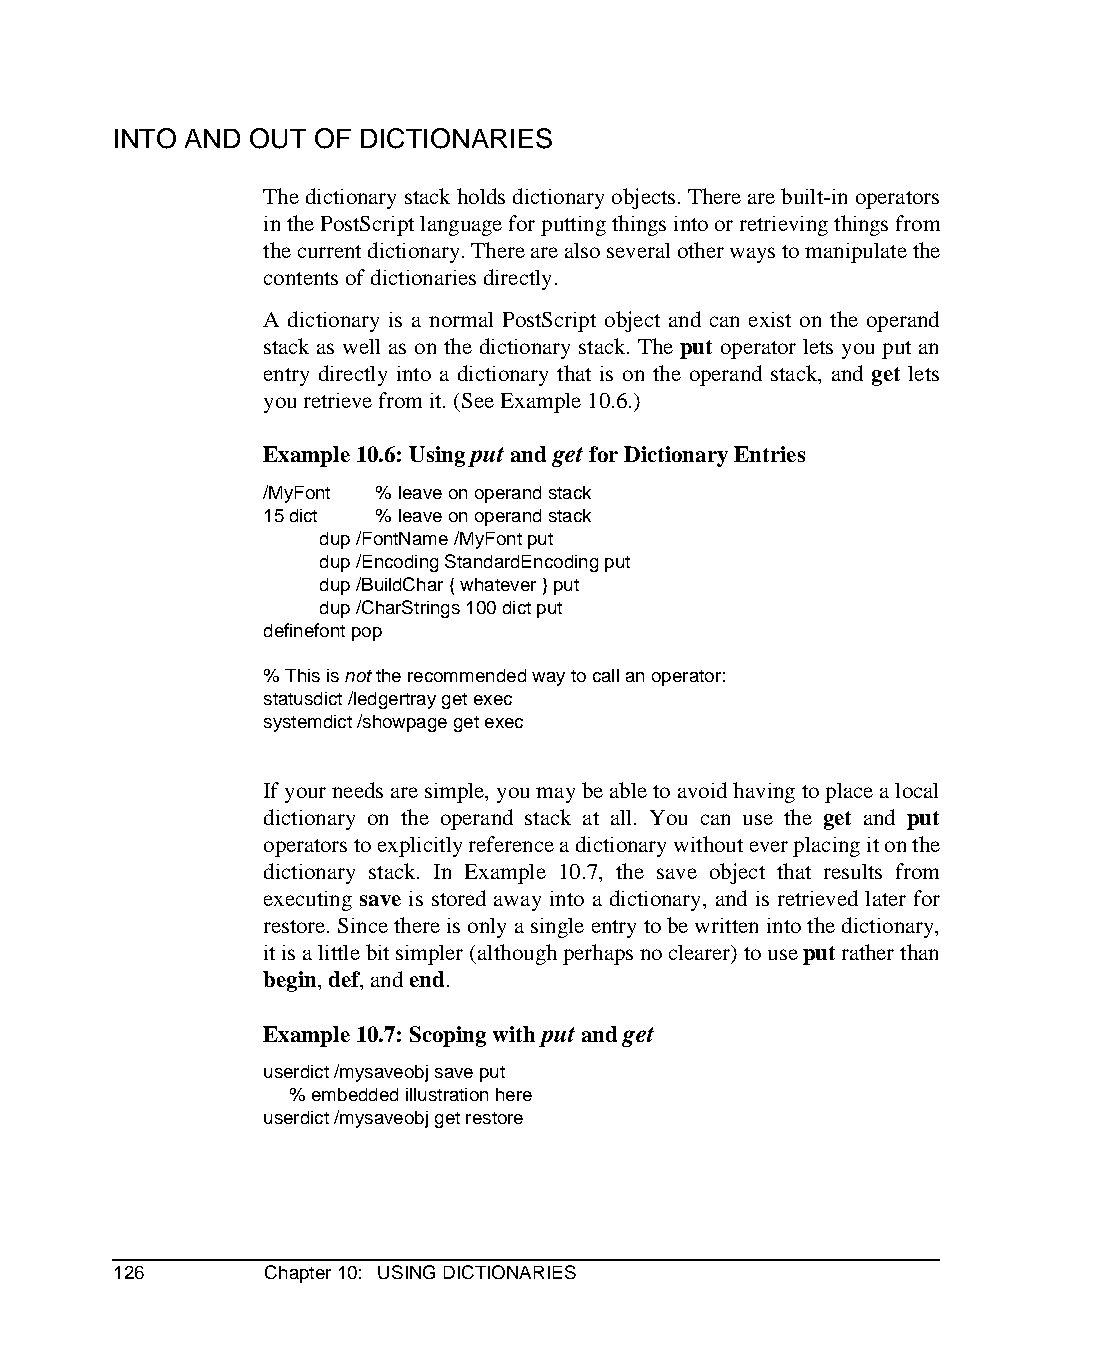
INTO AND OUT OF DICTIONARIES
 The dictionary stack holds dictionary objects. There are built-in operators
 in the PostScript language for putting things into or retrieving things from
 the current dictionary. There are also several other ways to manipulate the
 contents of dictionaries directly.
 A dictionary is a normal PostScript object and can exist on the operand
 stack as well as on the dictionary stack. The put operator lets you put an
 entry directly into a dictionary that is on the operand stack, and get lets
 you retrieve from it. (See Example 10.6.)
 Example 10.6: Using put and get for Dictionary Entries
 /MyFont % leave on operand stack
 15 dict % leave on operand stack
 dup /FontName /MyFont put
 dup /Encoding StandardEncoding put
 dup /BuildChar { whatever } put
 dup /CharStrings 100 dict put
 definefont pop
 % This is not the recommended way to call an operator:
 statusdict /ledgertray get exec
 systemdict /showpage get exec
 If your needs are simple, you may be able to avoid having to place a local
 dictionary on the operand stack at all. You can use the get and put
 operators to explicitly reference a dictionary without ever placing it on the
 dictionary stack. In Example 10.7, the save object that results from
 executing save is stored away into a dictionary, and is retrieved later for
 restore. Since there is only a single entry to be written into the dictionary,
 it is a little bit simpler (although perhaps no clearer) to use put rather than
 begin, def, and end.
 Example 10.7: Scoping with put and get
 userdict /mysaveobj save put
 % embedded illustration here
 userdict /mysaveobj get restore
 126       Chapter 10: USING DICTIONARIES